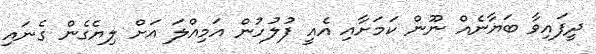
ދީފައިވާ ބަޔާނެއް ނޫން ކަމަށާއި އެއީ ފުލުހުން އަމިއްލަ އަށް ލިޔެގެން ގެނައި